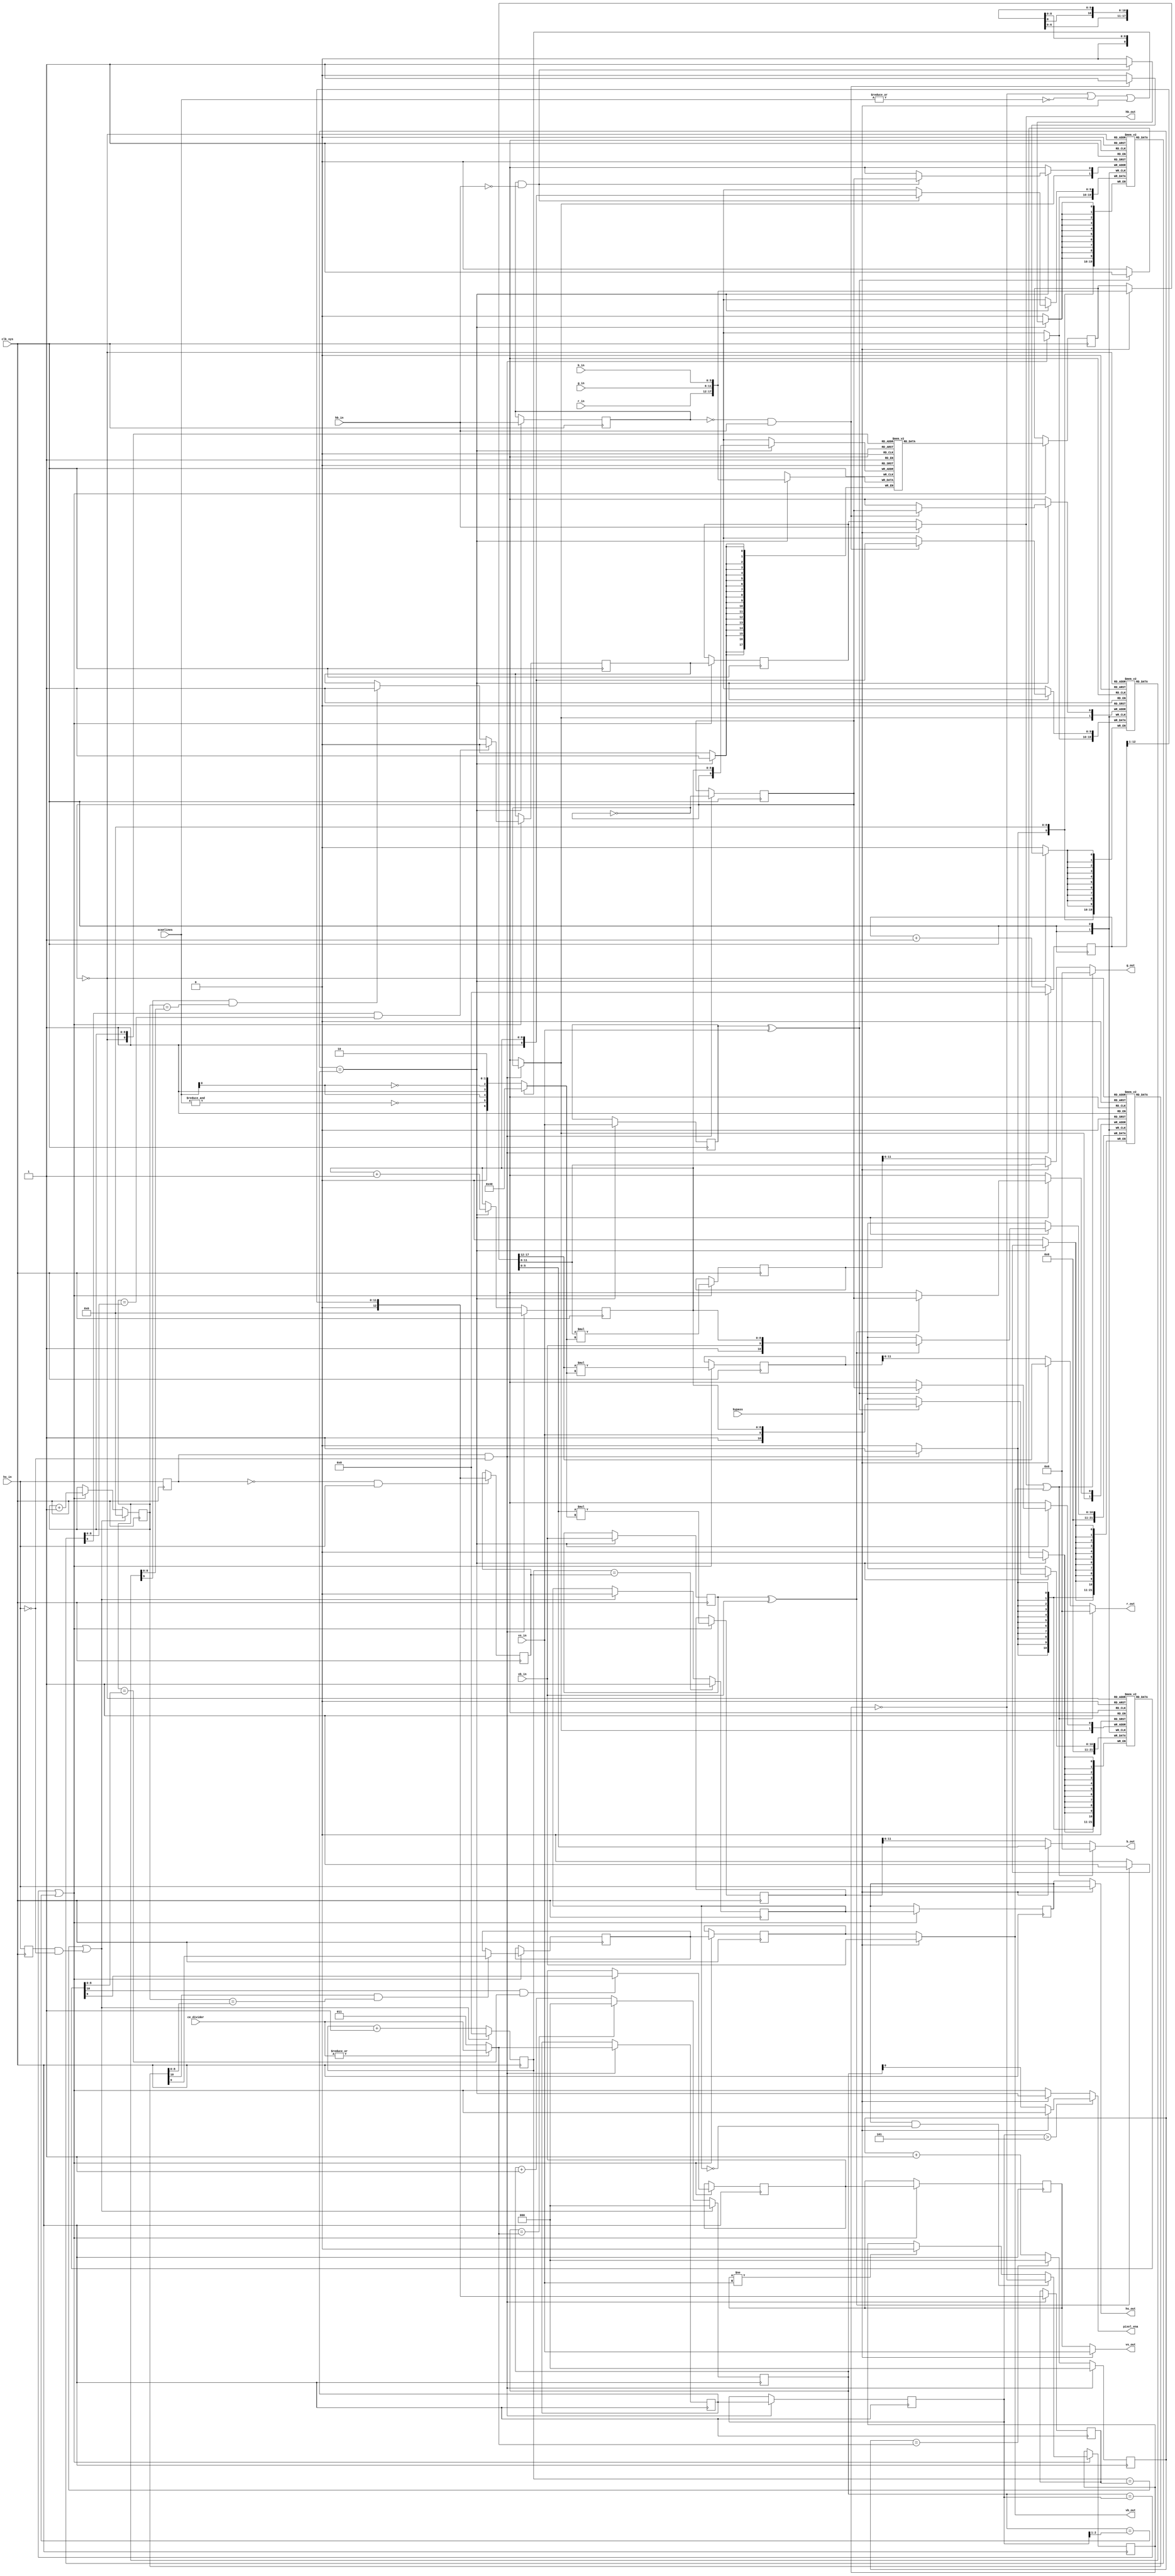
module scandoubler (
	clk_sys,
	bypass,
	ce_divider,
	pixel_ena,
	scanlines,
	hb_in,
	vb_in,
	hs_in,
	vs_in,
	r_in,
	g_in,
	b_in,
	hb_out,
	vb_out,
	hs_out,
	vs_out,
	r_out,
	g_out,
	b_out
);
	input clk_sys;
	input bypass;
	input [2:0] ce_divider;
	output wire pixel_ena;
	input [1:0] scanlines;
	input hb_in;
	input vb_in;
	input hs_in;
	input vs_in;
	parameter COLOR_DEPTH = 6;
	input [COLOR_DEPTH - 1:0] r_in;
	input [COLOR_DEPTH - 1:0] g_in;
	input [COLOR_DEPTH - 1:0] b_in;
	output wire hb_out;
	output wire vb_out;
	output wire hs_out;
	output wire vs_out;
	parameter OUT_COLOR_DEPTH = 6;
	output wire [OUT_COLOR_DEPTH - 1:0] r_out;
	output wire [OUT_COLOR_DEPTH - 1:0] g_out;
	output wire [OUT_COLOR_DEPTH - 1:0] b_out;
	parameter HCNT_WIDTH = 9;
	parameter HSCNT_WIDTH = 12;
	reg scanline;
	reg [OUT_COLOR_DEPTH - 1:0] r;
	reg [OUT_COLOR_DEPTH - 1:0] g;
	reg [OUT_COLOR_DEPTH - 1:0] b;
	reg [(COLOR_DEPTH * 3) - 1:0] sd_out;
	wire [(COLOR_DEPTH * 3) - 1:0] sd_mux = (bypass ? {r_in, g_in, b_in} : sd_out[(COLOR_DEPTH * 3) - 1:0]);
	localparam m = OUT_COLOR_DEPTH / COLOR_DEPTH;
	localparam n = OUT_COLOR_DEPTH % COLOR_DEPTH;
	always @(*)
		if (n > 0) begin
			b = {{m {sd_mux[COLOR_DEPTH - 1:0]}}, sd_mux[COLOR_DEPTH - 1-:n]};
			g = {{m {sd_mux[(COLOR_DEPTH * 2) - 1:COLOR_DEPTH]}}, sd_mux[(COLOR_DEPTH * 2) - 1-:n]};
			r = {{m {sd_mux[(COLOR_DEPTH * 3) - 1:COLOR_DEPTH * 2]}}, sd_mux[(COLOR_DEPTH * 3) - 1-:n]};
		end
		else begin
			b = {m {sd_mux[COLOR_DEPTH - 1:0]}};
			g = {m {sd_mux[(COLOR_DEPTH * 2) - 1:COLOR_DEPTH]}};
			r = {m {sd_mux[(COLOR_DEPTH * 3) - 1:COLOR_DEPTH * 2]}};
		end
	reg [OUT_COLOR_DEPTH + 6:0] r_mul;
	reg [OUT_COLOR_DEPTH + 6:0] g_mul;
	reg [OUT_COLOR_DEPTH + 6:0] b_mul;
	reg hb_o;
	reg vb_o;
	reg hs_o;
	reg vs_o;
	wire scanline_bypass = (!scanline | !(|scanlines)) | bypass;
	wire [6:0] scanline_coeff = (scanline_bypass ? 7'b1000000 : {~(&scanlines), scanlines[0], 1'b1, ~scanlines[0], 2'b10});
	reg [2:0] ce_divider_out;
	reg [2:0] sd_i_div;
	wire ce_x2 = (sd_i_div == ce_divider_out) | (sd_i_div == {1'b0, ce_divider_out[2:1]});
	reg hb_sd = 0;
	reg hs_sd = 0;
	reg vb_sd = 0;
	reg vs_sd = 0;
	always @(posedge clk_sys)
		if (ce_x2) begin
			hs_o <= hs_sd;
			vs_o <= vs_sd;
			hb_o <= hb_sd;
			vb_o <= vb_sd;
			if (vs_o != vs_in)
				scanline <= 0;
			if (hs_o && !hs_sd)
				scanline <= !scanline;
			r_mul <= r * scanline_coeff;
			g_mul <= g * scanline_coeff;
			b_mul <= b * scanline_coeff;
		end
	wire [OUT_COLOR_DEPTH - 1:0] r_o = r_mul[OUT_COLOR_DEPTH + 5-:OUT_COLOR_DEPTH];
	wire [OUT_COLOR_DEPTH - 1:0] g_o = g_mul[OUT_COLOR_DEPTH + 5-:OUT_COLOR_DEPTH];
	wire [OUT_COLOR_DEPTH - 1:0] b_o = b_mul[OUT_COLOR_DEPTH + 5-:OUT_COLOR_DEPTH];
	wire blank_out = hb_out | vb_out;
	assign r_out = (blank_out ? {OUT_COLOR_DEPTH {1'b0}} : (bypass ? r : r_o));
	assign g_out = (blank_out ? {OUT_COLOR_DEPTH {1'b0}} : (bypass ? g : g_o));
	assign b_out = (blank_out ? {OUT_COLOR_DEPTH {1'b0}} : (bypass ? b : b_o));
	assign hb_out = (bypass ? hb_in : hb_o);
	assign vb_out = (bypass ? vb_in : vb_o);
	assign hs_out = (bypass ? hs_in : hs_o);
	assign vs_out = (bypass ? vs_in : vs_o);
	(* ramstyle = "no_rw_check" *) reg [(COLOR_DEPTH * 3) - 1:0] sd_buffer [0:(2 * (2 ** HCNT_WIDTH)) - 1];
	reg line_toggle;
	reg [HCNT_WIDTH - 1:0] hcnt;
	reg [HSCNT_WIDTH:0] hs_max;
	reg [HSCNT_WIDTH:0] hs_rise;
	reg [HCNT_WIDTH:0] hb_fall [0:1];
	reg [HCNT_WIDTH:0] hb_rise [0:1];
	reg [HCNT_WIDTH + 1:0] vb_event [0:1];
	reg [HCNT_WIDTH + 1:0] vs_event [0:1];
	reg [HSCNT_WIDTH:0] synccnt;
	wire [2:0] ce_divider_adj = (|ce_divider ? ce_divider : 3'd3);
	reg [2:0] ce_divider_in;
	reg [2:0] i_div;
	wire ce_x1 = i_div == ce_divider_in;
	always @(posedge clk_sys) begin : sv2v_autoblock_1
		reg hsD;
		reg vsD;
		reg vbD;
		reg hbD;
		if (ce_x1) begin
			hcnt <= hcnt + 1'd1;
			vsD <= vs_in;
			vbD <= vb_in;
			sd_buffer[{line_toggle, hcnt}] <= {r_in, g_in, b_in};
			if (vbD ^ vb_in)
				vb_event[line_toggle] <= {1'b1, vb_in, hcnt};
			if (vsD ^ vs_in)
				vs_event[line_toggle] <= {1'b1, vs_in, hcnt};
			hbD <= hb_in;
			if (!hbD && hb_in)
				hb_rise[line_toggle] <= {1'b1, hcnt};
			if (hbD && !hb_in)
				hb_fall[line_toggle] <= {1'b1, hcnt};
		end
		i_div <= i_div + 1'd1;
		if (i_div == ce_divider_adj)
			i_div <= 3'b000;
		synccnt <= synccnt + 1'd1;
		hsD <= hs_in;
		if (hsD && !hs_in) begin
			ce_divider_out <= ce_divider_in;
			ce_divider_in <= ce_divider_adj;
			hs_max <= {1'b0, synccnt[HSCNT_WIDTH:1]};
			hcnt <= 0;
			synccnt <= 0;
			i_div <= 3'b000;
		end
		if (!hsD && hs_in)
			hs_rise <= {1'b0, synccnt[HSCNT_WIDTH:1]};
		if (hsD && !hs_in) begin
			line_toggle <= !line_toggle;
			vb_event[!line_toggle] <= 0;
			vs_event[!line_toggle] <= 0;
			hb_rise[!line_toggle][HCNT_WIDTH] <= 0;
			hb_fall[!line_toggle][HCNT_WIDTH] <= 0;
		end
	end
	reg [HSCNT_WIDTH:0] sd_synccnt;
	reg [HCNT_WIDTH - 1:0] sd_hcnt;
	always @(posedge clk_sys) begin : sv2v_autoblock_2
		reg hsD;
		if (ce_x2) begin
			sd_hcnt <= sd_hcnt + 1'd1;
			sd_out <= sd_buffer[{~line_toggle, sd_hcnt}];
			if (vb_event[~line_toggle][HCNT_WIDTH + 1] && (sd_hcnt == vb_event[~line_toggle][HCNT_WIDTH - 1:0]))
				vb_sd <= vb_event[~line_toggle][HCNT_WIDTH];
			if (vs_event[~line_toggle][HCNT_WIDTH + 1] && (sd_hcnt == vs_event[~line_toggle][HCNT_WIDTH - 1:0]))
				vs_sd <= vs_event[~line_toggle][HCNT_WIDTH];
			if (hb_rise[~line_toggle][HCNT_WIDTH] && (sd_hcnt == hb_rise[~line_toggle][HCNT_WIDTH - 1:0]))
				hb_sd <= 1;
			if (hb_fall[~line_toggle][HCNT_WIDTH] && (sd_hcnt == hb_fall[~line_toggle][HCNT_WIDTH - 1:0]))
				hb_sd <= 0;
		end
		sd_i_div <= sd_i_div + 1'd1;
		if (sd_i_div == ce_divider_adj)
			sd_i_div <= 3'b000;
		sd_synccnt <= sd_synccnt + 1'd1;
		hsD <= hs_in;
		if ((sd_synccnt == hs_max) || (hsD && !hs_in)) begin
			sd_synccnt <= 0;
			sd_hcnt <= 0;
			hs_sd <= 0;
			sd_i_div <= 3'b000;
		end
		if (sd_synccnt == hs_rise)
			hs_sd <= 1;
	end
	wire ce_x4 = sd_i_div[0];
	assign pixel_ena = (ce_divider_out > 3'd5 ? (bypass ? ce_x2 : ce_x4) : (bypass ? ce_x1 : ce_x2));
endmodule